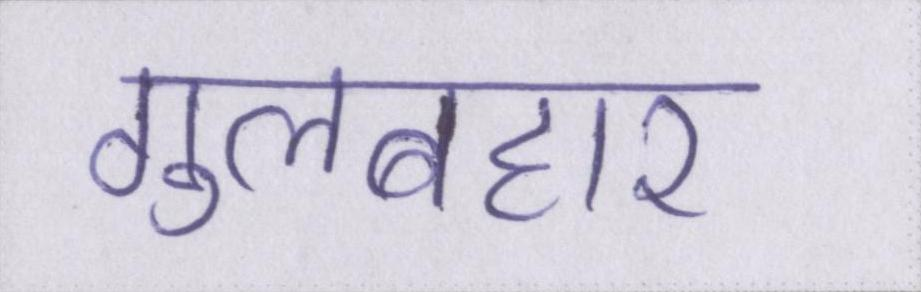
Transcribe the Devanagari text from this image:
गुलबहार